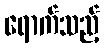
ရောက်သည့်